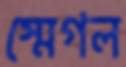
স্মেগল